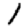
Digit: 1